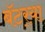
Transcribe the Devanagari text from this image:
बॅटर्‍या